Indian Medical Review
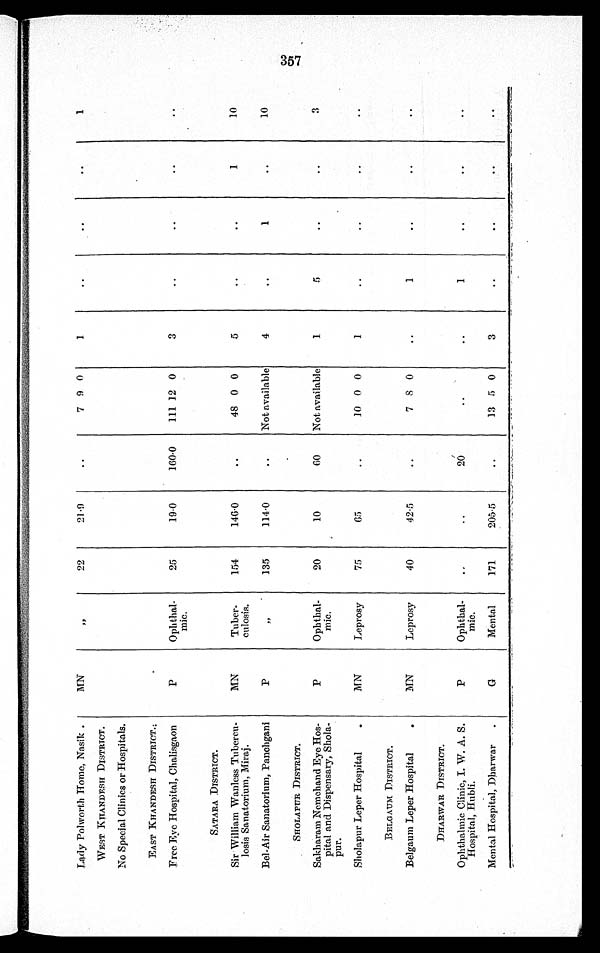
Lady Polworth Home, Nasik.
MN
''
22
21·9
..
7 9 0
1
..
. .
. .
1
WEST KHANDESH DISTRICT.
No Special Clinics or Hospitals.
EAST KHANDESH DISTRICT.;
Free Eye Hospital, Chalisgaon
P
Ophthal-
mic.
25
19·0
160·0
111 12 0
3
..
..
..
. .
SATARA DISTRICT.
Sir William Wanless Tubercu-
losis Sanatorium, Miraj.
MN
Tuber-
culosis.
154
146·0
..
48 0 0
5
..
..
1
10
Bel-Air Sanatorium, Panchgani
P
''
135
114·0
..
Not available
4
..
1
..
10
SHOLAPUR DISTRICT.
Sakharam Nemchand Eye Hos-
pital and Dispensary, Shola-
pur.
P
Ophthal-
mic.
20
10
60
Not available
1
5
..
..
3
Sholapur Leper Hospital.
MN
Leprosy
75
65
..
10 0 0
1
..
..
..
. .
BELGAUM DISTRICT.
Belgaum Leper Hospital.
MN
Leprosy
40
42·5
..
7 8 0
..
1
..
..
..
DHARWAR DISTRICT.
Ophthalmic Clinic, I. W. A. S.
Hospital, Hubli.
P
Ophthal-
mic.
..
..
20
..
..
1
..
..
. .
Mental Hospital, Dharwar.
G
Mental
171
205·5
..
13 5 0
3
..
..
..
..